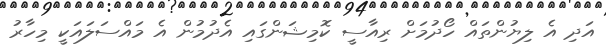
އަދި އެ ލިޔުންތައް ހޯދުމަށް ރިއާސީ ކޮމިޝަންގައި އެދުމުން އެ މައްސަލައަކީ މިހާރު